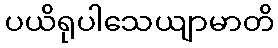
ပယိရုပါသေယျာမာတိ